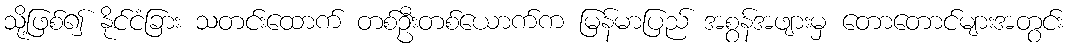
သို့ဖြစ်၍ နိုင်ငံခြား သတင်းထောက် တစ်ဦးတစ်ယောက်က မြန်မာပြည် အစွန်အဖျားမှ တောတောင်များအတွင်း